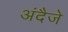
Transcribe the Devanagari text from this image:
अंदैजे